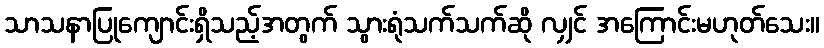
သာသနာပြုကျောင်းရှိသည့်အတွက် သွားရုံသက်သက်ဆို လျှင် အကြောင်းမဟုတ်သေး။